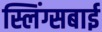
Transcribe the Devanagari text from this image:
स्लिंग्सबाई